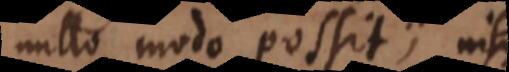
nullo modo possit; nisi